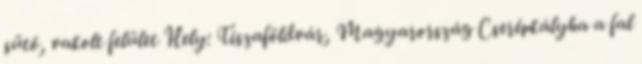
sütő, vakolt felület Hely: Tiszaföldvár, Magyarország Cserépkályha a fal